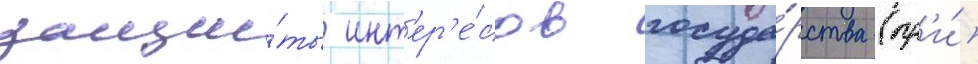
защи́ты инт'ер'е́сов госуда́рства (пр'и́